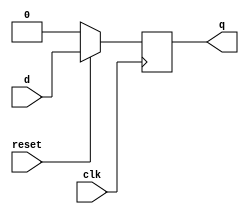
module d_ff (q, d, clk, reset);
	input clk, reset, d;
	output  q;
	reg  q;
	
	always@(posedge clk)
	begin
		if(!reset) q <= 1'b0;
		else q <= d;
	end
endmodule

module reg_32bit(q, d, clk, reset);
	input [31:0] d;
	input clk, reset;
	output [31:0] q;
	reg [31:0] q;
	
	always@ (posedge clk)
	begin
		if(!reset) q <= 32'h0000_0000;
		else q <= d;
	end
endmodule

/*
module tb32reg;
	reg [31:0] d;
	reg clk, reset;
	wire [31:0] q;
	
	reg_32bit R (q, d, clk, reset);
	
	always@ (clk)
	#5 clk <= ~clk;
	initial
	begin
	$dumpfile("register.vcd");
	$dumpvars(0, tb32reg);
	clk = 1'b1;
	reset = 1'b0; 
	#20 reset = 1'b1;
	#20 d = 32'hAFAFAFAF;
	#20 reset = 1'b0;
	#20 reset = 1'b1;
	#200 $finish;
	end
	endmodule
*/